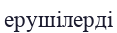
ерушілерді